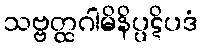
သဗ္ဗတ္ထဂါမိနိပ္ပဋိပဒံ